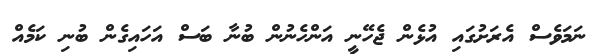
ނަމަވެސް އެރަށުގައި އުޅެން ޖެހޭނީ އަންހެނުން ބުނާ ބަސް އަހައިގެން ބުނި ކަމެއް